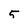
Character: 5